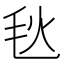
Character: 𪵘